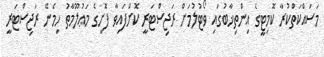
މަސައްކަތްކުރާ ކޮމިޓީގެ އިންތިޚާބުގައި ވޯޓުލުމަށް ރަޖިސްޓަރީ ކޮށްފައިވާ ފޮށީގެ މަޢުލޫމާތު ހިމެނޭ ރަޖިސްޓަރީ